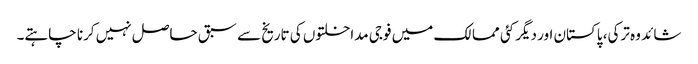
شائد وہ ترکی، پاکستان اور دیگر کئی ممالک میں فوجی مداخلتوں کی تاریخ سے سبق حاصل نہیں کرنا چاہتے۔